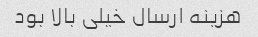
هزینه ارسال خیلی بالا بود